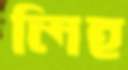
লিহ